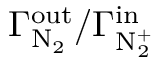
\Gamma _ { \mathrm { N _ { 2 } } } ^ { \mathrm { o u t } } / \Gamma _ { \mathrm { N _ { 2 } ^ { + } } } ^ { \mathrm { i n } }